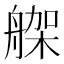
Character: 𦩪